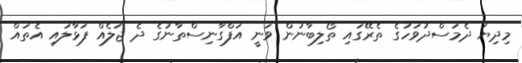
މިދިޔަ ދެމަސްދުވަހުގެ ތެރޭގައި ތޯލިބާނުން ވަނީ އަފްގާނިސްތާނުގެ ދެ ޖަލެއް ފަޅާލައި އެތައް